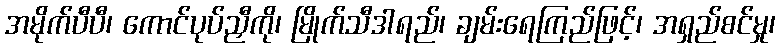
အမိုက်ပီပီ၊ ကောင်ပုပ်ညှီကို၊ မြိုက်သီဒါရည်၊ ချမ်းရေကြည်ဖြင့်၊ အရှည်စင်မှု၊